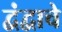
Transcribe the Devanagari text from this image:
द्वंद्वाचे